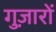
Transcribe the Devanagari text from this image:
गुज़ारों